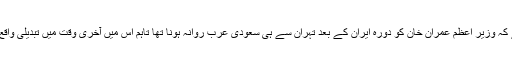
خیال رہے کہ وزیر اعظم عمران خان کو دورہ ایران کے بعد تہران سے ہی سعودی عرب روانہ ہونا تھا تاہم اس میں آخری وقت میں تبدیلی واقع ہوئی ہے۔